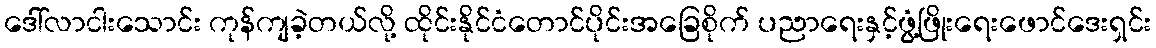
ဒေါ်လာငါးသောင်း ကုန်ကျခဲ့တယ်လို့ ထိုင်းနိုင်ငံတောင်ပိုင်းအခြေစိုက် ပညာရေးနှင့်ဖွံ့ဖြိုးရေးဖောင်ဒေးရှင်း